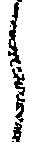
ら